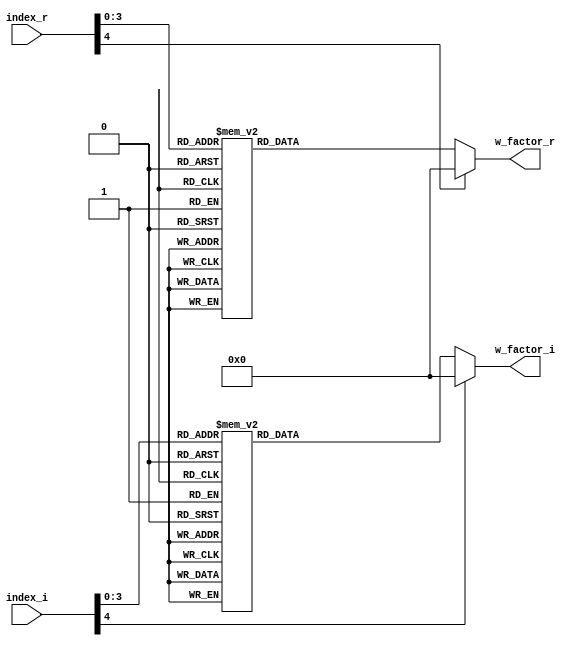
module twiddle(index_r,w_factor_r,index_i,w_factor_i);

input [4:0] index_r, index_i;
output [35:0] w_factor_r,w_factor_i;
reg [35:0]  w_factor_1_r, w_factor_1_i;
assign w_factor_r = w_factor_1_r;
assign w_factor_i = w_factor_1_i;


always @(*) begin
    case(index_r) // 2 bit intiger 30 bit fraction
0: w_factor_1_r  = 36'h100000000;
1: w_factor_1_r  = 36'h0FB14BE7F;
2: w_factor_1_r  = 36'h0EC835E79;
3: w_factor_1_r  = 36'h0D4DB3148;
4: w_factor_1_r  = 36'h0B504F334;
5: w_factor_1_r  = 36'h08E39D9CD;
6: w_factor_1_r  = 36'h061F78A9A;
7: w_factor_1_r  = 36'h031F17078;
8: w_factor_1_r  = 36'h000000000;
9: w_factor_1_r  = 36'hFCE0E8F87;
10:w_factor_1_r  = 36'hF9E087565;
11:w_factor_1_r  = 36'hF71C62632;
12:w_factor_1_r  = 36'hF4AFB0CCC;
13:w_factor_1_r  = 36'hF2B24CEB7;
14:w_factor_1_r  = 36'hF137CA186;
15:w_factor_1_r  = 36'hF04EB4180;
default : w_factor_1_r = 36'h0;
endcase
    
    
    
    case(index_i)
0: w_factor_1_i  = 36'h000000000;
1: w_factor_1_i  = 36'h031F17078;
2: w_factor_1_i  = 36'h061F78A9A;
3: w_factor_1_i  = 36'h08E39D9CD; 
4: w_factor_1_i  = 36'h0B504F334;
5: w_factor_1_i  = 36'h0D4DB3148; 
6: w_factor_1_i  = 36'h0EC835E79;   
7: w_factor_1_i  = 36'h0FB14BE7F;
8: w_factor_1_i  = 36'h100000000;
9: w_factor_1_i  = 36'h0FB14BE7F;
10:w_factor_1_i  = 36'h0EC835E79;
11:w_factor_1_i  = 36'h0D4DB3148;
12:w_factor_1_i  = 36'h0B504F334;
13:w_factor_1_i  = 36'h08E39D9CD;
14:w_factor_1_i  = 36'h061F78A9A;
15:w_factor_1_i  = 36'h031F17078; 
default : w_factor_1_i = 36'h0;
    endcase
end
endmodule